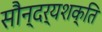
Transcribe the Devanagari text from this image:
सौन्दर्यशक्ति